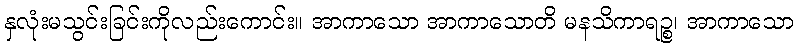
နှလုံးမသွင်းခြင်းကိုလည်းကောင်း။ အာကာသော အာကာသောတိ မနသိကာရဉ္စ၊ အာကာသော